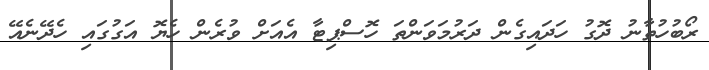
ރޯބުހުތާނު ދޮގު ހަދައިގެން ދަރުމަވަންތަ ހޮސްޕިޓާ އެއަށް ވުރެން ހެޔޮ އަގުގައި ހެދޭނެއޭ